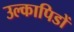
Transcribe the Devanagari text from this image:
उल्कापिडों